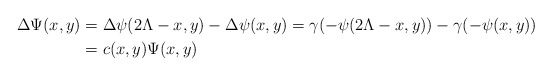
\begin{align*} \Delta\Psi(x,y)&=\Delta \psi(2\Lambda-x,y)-\Delta \psi(x,y)=\gamma(-\psi(2\Lambda-x,y))-\gamma(-\psi(x,y))\\ &=c(x,y)\Psi(x,y)\end{align*}